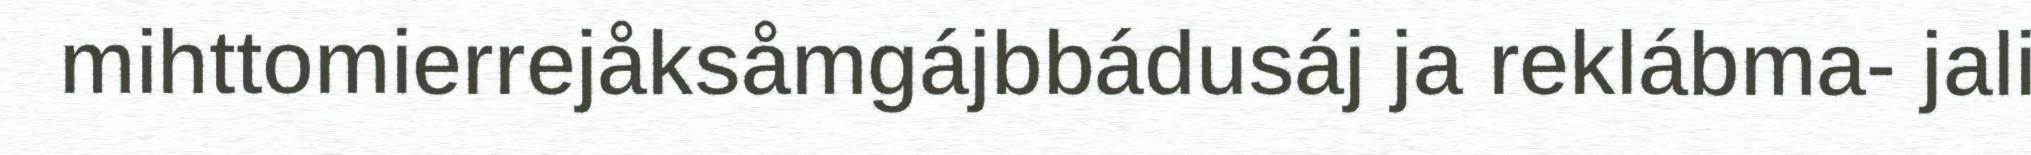
mihttomierrejåksåmgájbbádusáj ja reklábma- jali